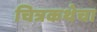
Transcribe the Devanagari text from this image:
चित्रकथेचा